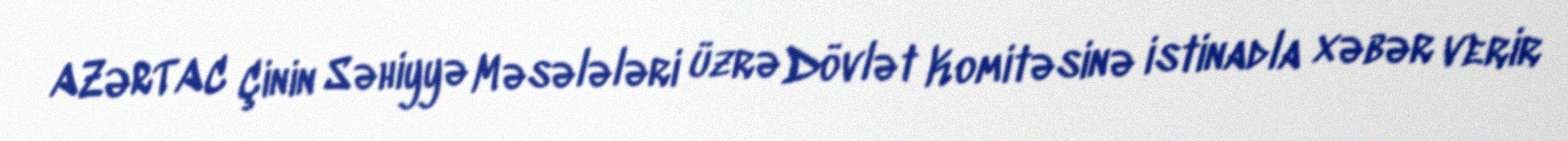
AZƏRTAC Çinin Səhiyyə Məsələləri üzrə Dövlət Komitəsinə istinadla xəbər verir